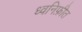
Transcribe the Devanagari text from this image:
ध्वनिफ़ीत